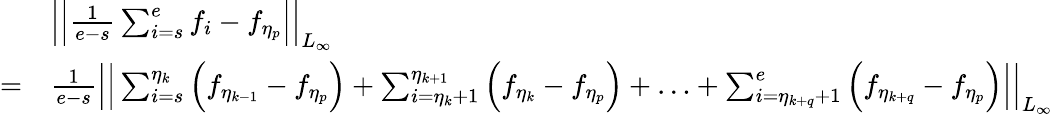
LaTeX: \begin{array}{rl}&{\Big|\Big|\frac{1}{e-s}\sum_{i=s}^{e}f_{i}-f_{\eta_{p}}\Big|\Big|_{L_{\infty}}}\\ {=}&{\frac{1}{e-s}\Big|\Big|\sum_{i=s}^{\eta_{k}}\Big(f_{\eta_{k-1}}-f_{\eta_{p}}\Big)+\sum_{i=\eta_{k}+1}^{\eta_{k+1}}\Big(f_{\eta_{k}}-f_{\eta_{p}}\Big)+\ldots+\sum_{i=\eta_{k+q}+1}^{e}\Big(f_{\eta_{k+q}}-f_{\eta_{p}}\Big)\Big|\Big|_{L_{\infty}}}\end{array}